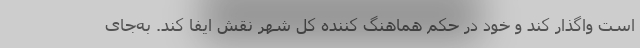
است واگذار کند و خود در حکم هماهنگ کننده کل شهر نقش ایفا کند. به‌جای